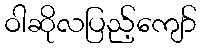
ဝါဆိုလပြည့်ကျော်